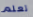
تعلم